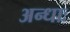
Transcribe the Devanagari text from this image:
अन्धाः